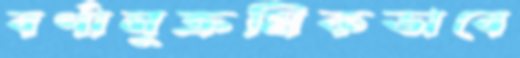
বর্ণানুক্রমিকভাবে